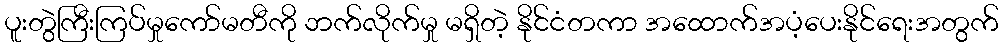
ပူးတွဲကြီးကြပ်မှုကော်မတီကို ဘက်လိုက်မှု မရှိတဲ့ နိုင်ငံတကာ အထောက်အပံ့ပေးနိုင်ရေးအတွက်